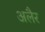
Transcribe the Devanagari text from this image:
अलैर